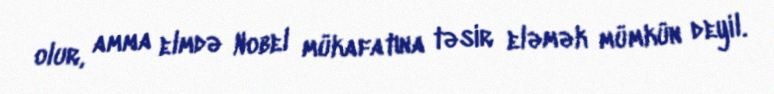
olur, amma elmdə Nobel mükafatına təsir eləmək mümkün deyil.